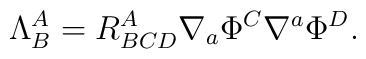
\Lambda _{B}^{A}=R_{BCD}^{A}\nabla _{a}\Phi ^{C}\nabla ^{a}\Phi ^{D}.